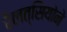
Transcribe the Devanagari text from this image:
रेलत्सियोने